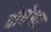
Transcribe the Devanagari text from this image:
दोधेश्वर